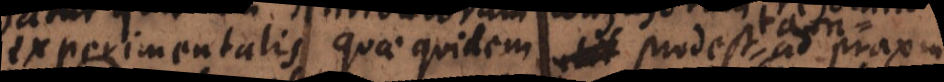
experimentalis, quae quidem util ad praxin